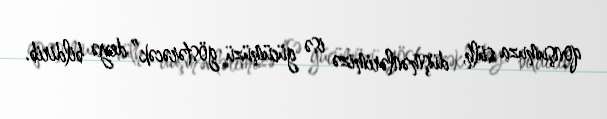
qonşumuza sülh, düşmənlərimizə isə gücümüzü göstərəcək” deyə bildirib.